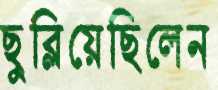
ছুব্‌লিয়েছিলেন